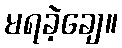
မရခဲ့ချေ။